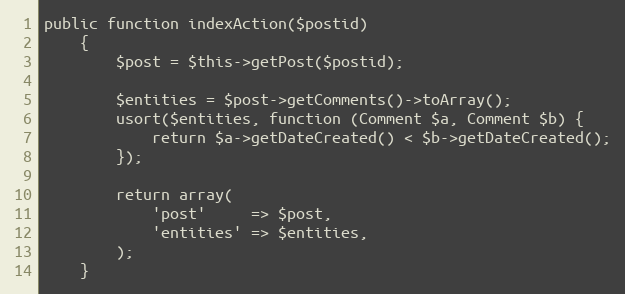
Language: PHP
public function indexAction($postid)
    {
        $post = $this->getPost($postid);

        $entities = $post->getComments()->toArray();
        usort($entities, function (Comment $a, Comment $b) {
            return $a->getDateCreated() < $b->getDateCreated();
        });

        return array(
            'post'     => $post,
            'entities' => $entities,
        );
    }